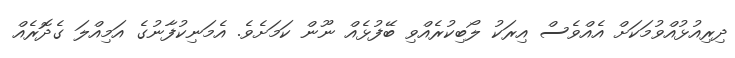
ދިރިއުޅުއްވުމަކަށް އެއްވެސް އިރަކު ލޯބިކުރެއްވި ބޭފުޅެއް ނޫން ކަމަށެވެ. އެމަނިކުފާނުގެ އަމިއްލަ ގެދޮރެއް